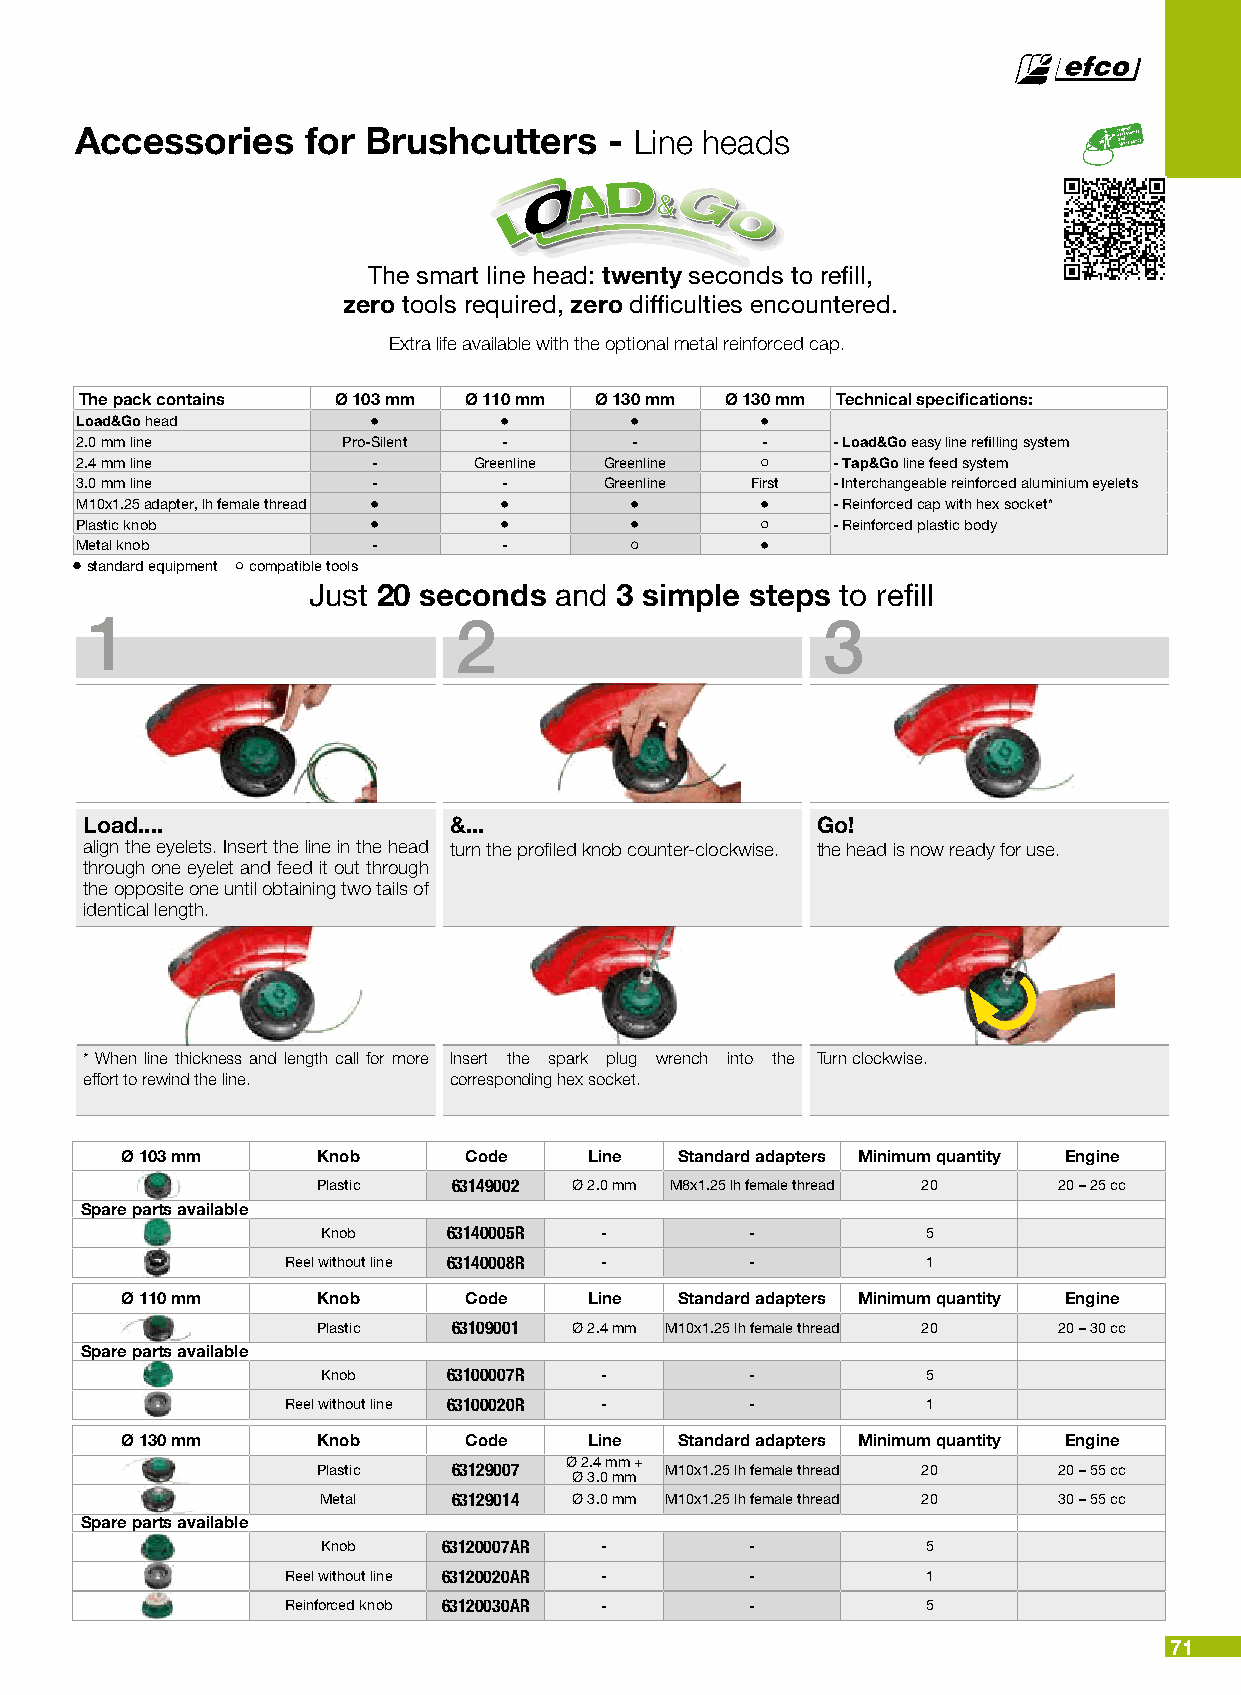
Accessories    for Brushcutters    - Line heads
 The smart line head: twenty seconds to refill,
 zero tools required, zero difficulties encountered.
 Extra life available with the optional metal reinforced cap.
 The pack contains Ø 103 mm Ø 110 mm Ø 130 mm Ø 130 mm Technical specifications:
 Load&Go head       •        •        •       •
 2.0 mm line       Pro-Silent -       -       -    - Load&Go easy line refilling system
 2.4 mm line         -     Greenline Greenline     - Tap&Go line feed system
 3.0 mm line         -       -      Greenline First - Interchangeable reinforced aluminium eyelets
 M10x1.25 adapter, lh female thread • • •     •    - Reinforced cap with hex socket*
 Plastic knob       •        •        •            - Reinforced plastic body
 Metal knob          -       -                •
 standard equipment compatible tools
 Just 20 seconds  and 3 simple steps to refill
 1                       2                       3
 Load....                 &...                    Go!
 align the eyelets. Insert the line in the head turn the profiled knob counter-clockwise. the head is now ready for use.
 through one eyelet and feed it out through
 the opposite one until obtaining two tails of
 identical length.
 * When line thickness and length call for more Insert the spark plug wrench into the Turn clockwise.
 effort to rewind the line. corresponding hex socket.
 Ø 103 mm     Knob      Code    Line  Standard adapters Minimum quantity Engine
 Plastic  63149002 Ø 2.0 mm M8x1.25 lh female thread 20 20 – 25 cc
 Spare parts available
 Knob     63140005R -         -          5
 Reel without line 63140008R -  -          1
 Ø 110 mm     Knob      Code    Line  Standard adapters Minimum quantity Engine
 Plastic  63109001 Ø 2.4 mm M10x1.25 lh female thread 20 20 – 30 cc
 Spare parts available
 Knob     63100007R -         -          5
 Reel without line 63100020R -  -          1
 Ø 130 mm     Knob      Code    Line  Standard adapters Minimum quantity Engine
 Ø 2.4 mm +
 Plastic  63129007      M10x1.25 lh female thread 20 20 – 55 cc
 Ø 3.0 mm
 Metal    63129014 Ø 3.0 mm M10x1.25 lh female thread 20 30 – 55 cc
 Spare parts available
 Knob    63120007AR -         -          5
 Reel without line 63120020AR - -          1
 Reinforced knob 63120030AR -   -          5
 71